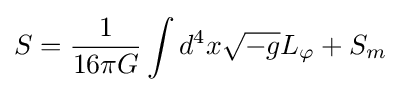
S={1 \over 16\pi G}\int d^{4}x{\sqrt {-g}}L_{\varphi }+S_{m}\;